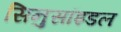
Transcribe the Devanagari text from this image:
सिनुसॉइडल